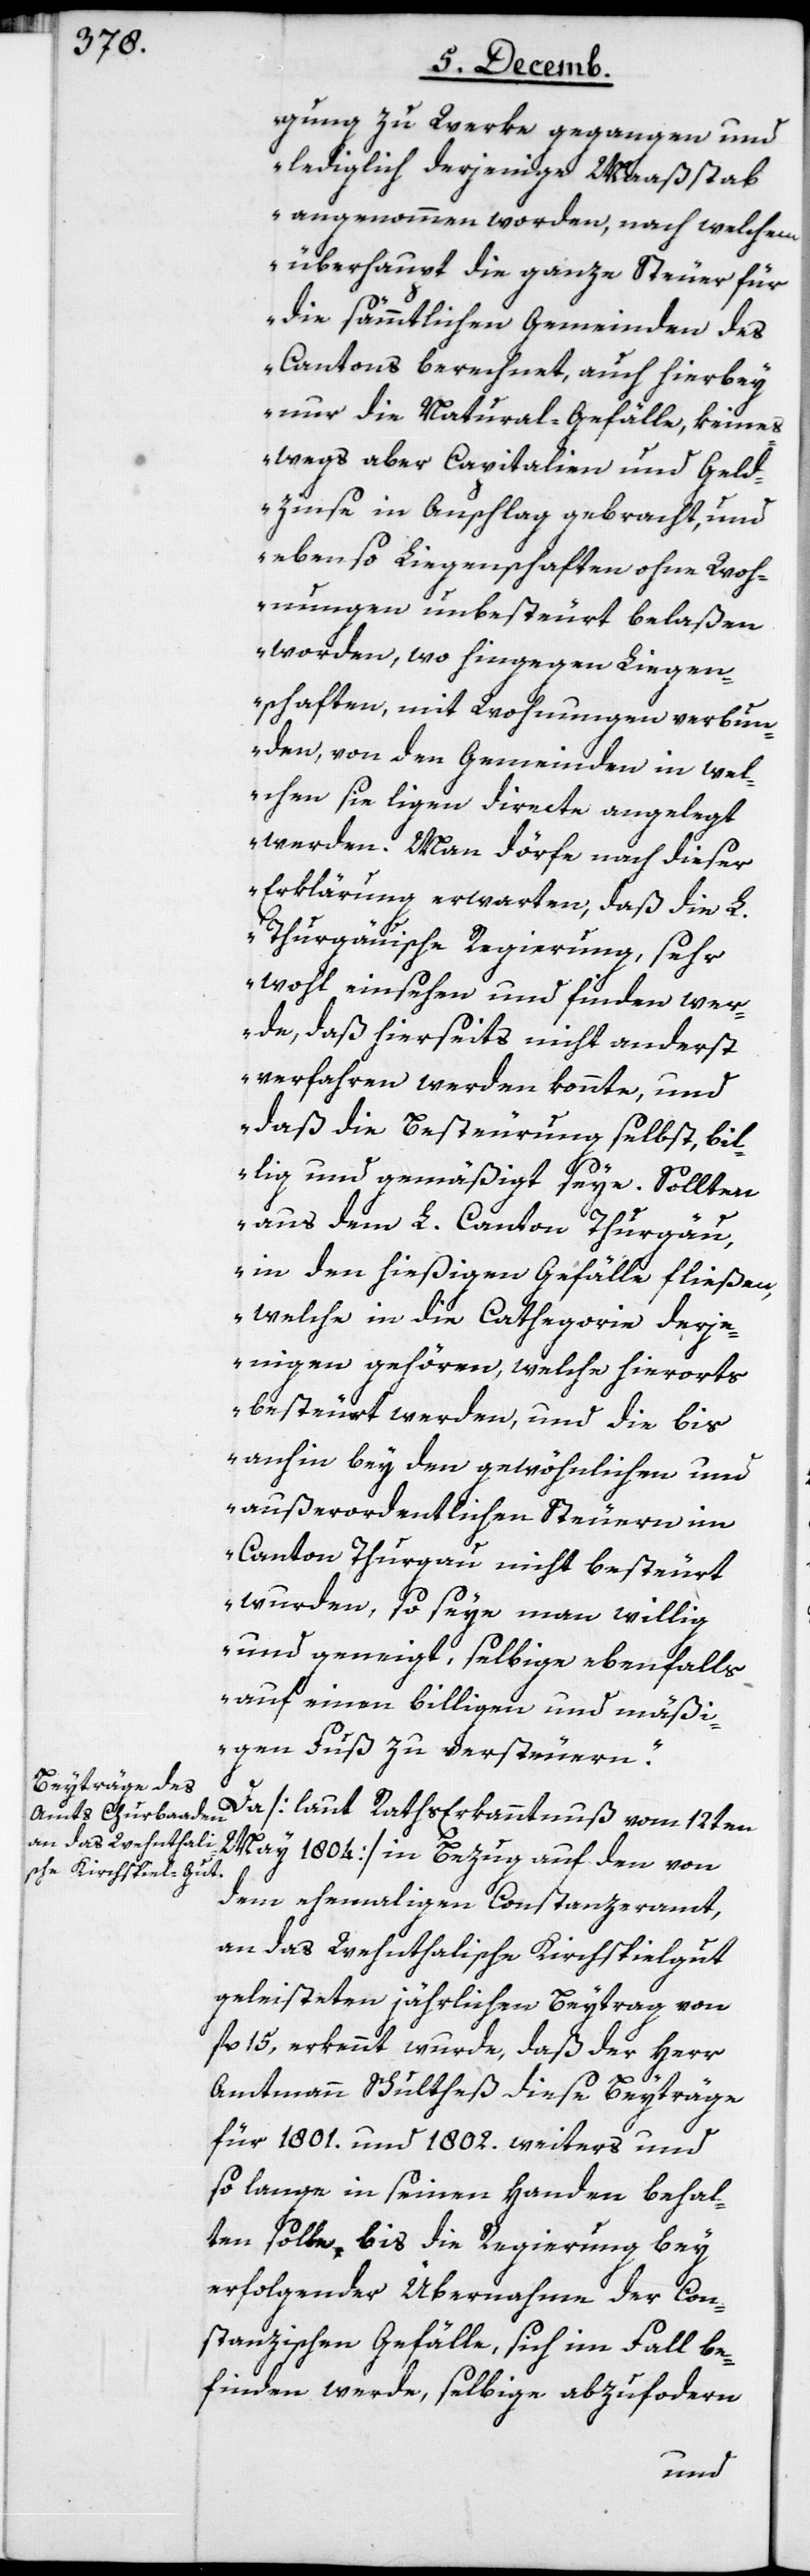
gung zu Werke gegangen und
lediglich derjenige Maaßstab
angenommen worden, nach welchem
überhaupt die ganze Steuer für
die sämmtlichen Gemeinden des
Cantons berechnet, auch hierbey
nur die Natural-Gefälle, keines¬
wegs aber Capitalien und Geld¬
zinse in Anschlag gebracht, und
ebenso Liegenschaften ohne Woh¬
nungen unbesteurt belaßen
worden, wo hingegen Liegen¬
schaften, mit Wohungen verbun¬
den, von den Gemeinden in wel¬
chen sie ligen directe angelegt
werden. Man dörfe nach dieser
Erklärung erwarten, daß die L.
Thurgäuische Regierung, sehr
wohl einsehen und finden wer¬
de, daß hierseits nicht anderst
verfahren werden konnte, und
daß die Besteurung selbst, bil¬
lig und gemäßigt seye. Sollten
aus dem L. Canton Thurgäu,
in den hießigen Gefälle fließen,
welche in die Cathegorie derje¬
nigen gehören, welche hierorts
besteurt werden, und die bis
anhin bey den gewöhnlichen und
außerordentlichen Steuern im
Canton Thurgau nicht besteuert
wurden, so seye man willig
und geneigt, selbige ebenfalls
auf einen billigen und mäßi¬
gen Fuß zu versteuern“.
Da [laut Raths Erkanntnuß vom 12ten
May 1804] in Bezug auf den von
dem ehemahligen Constanzeramt,
an das Wehntalische Kirchspielgut
geleisteten jährlichen Beytrag von
fl 15, erkennt wurde, daß der Herr
Amtmann Schultheß diese Beyträge
für 1801. und 1802. weiters und
so lange in seinen Handen behal¬
ten solle, bis die Regierung bey
erfolgender Übernahme der Con¬
stanzischen Gefälle, sich im Fall be¬
finden werde, selbige abzufordern